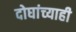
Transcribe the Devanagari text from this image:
दोघांच्‍याही